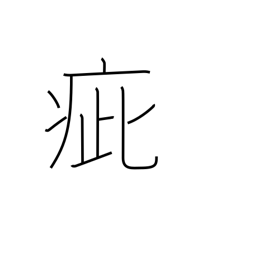
Meaning: speck